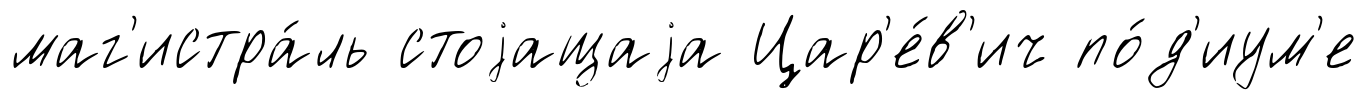
маг'истра́ль стоjащаjа Цар'е́в'ич по́д'иум'е